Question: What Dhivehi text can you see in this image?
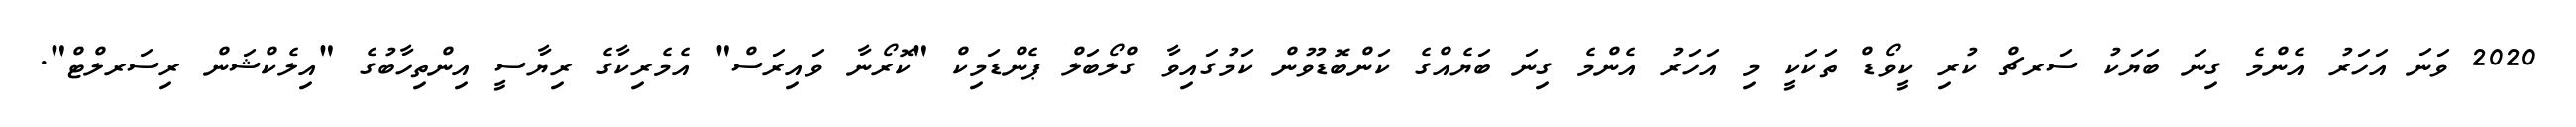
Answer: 2020 ވަނަ އަހަރު އެންމެ ގިނަ ބަޔަކު ސަރޗް ކުރި ކީވޯޑް ތަކަކީ މި އަހަރު އެންމެ ގިނަ ބަޔެއްގެ ކަންބޮޑުވުން ކަމުގައިވާ ގްލޯބަލް ޕެންޑަމިކް "ކޮރޯނާ ވައިރަސް" އެމެރިކާގެ ރިޔާސީ އިންތިހާބުގެ "އިލެކްޝަން ރިސަރލްޓް".